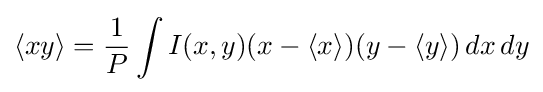
\langle xy\rangle ={\frac {1}{P}}\int I(x,y)(x-\langle x\rangle )(y-\langle y\rangle )\,dx\,dy